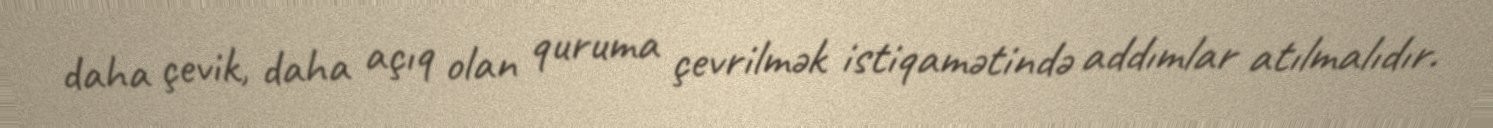
daha çevik, daha açıq olan quruma çevrilmək istiqamətində addımlar atılmalıdır.